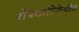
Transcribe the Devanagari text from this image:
रोपवाटिकेचीच